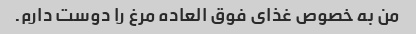
من به خصوص غذای فوق العاده مرغ را دوست دارم.